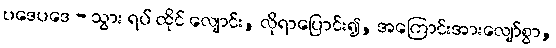
ပဒေပဒေ - သွား ရပ် ထိုင် လျောင်း, လိုရာပြောင်း၍, အကြောင်းအားလျော်စွာ,